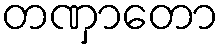
တဏှာတော